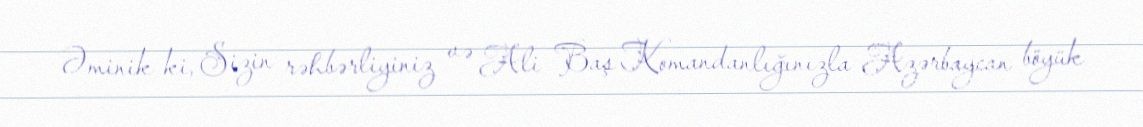
Əminik ki, Sizin rəhbərliyiniz və Ali Baş Komandanlığınızla Azərbaycan böyük